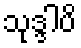
သုဒ္ဒါပိ